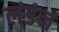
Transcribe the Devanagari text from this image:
लंडंन